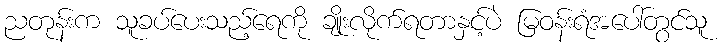
ညတုန်းက သူခပ်ပေးသည့်ရေကို ချိုးလိုက်ရတာနှင့်ပဲ မြဝန်းရံအပေါ်တွင်သူ